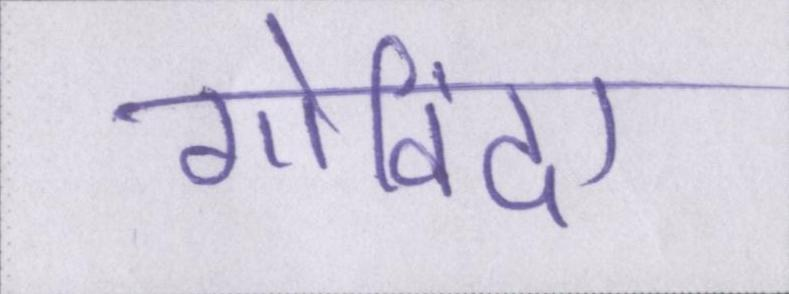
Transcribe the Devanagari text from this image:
गोविंदा